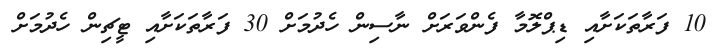
10 ފަރާތަކަށާއި ޑިޕްލޮމާ ފެންވަރަށް ނާސިން ހެދުމަށް 30 ފަރާތަކަށާއި ޓީޗިން ހެދުމަށް